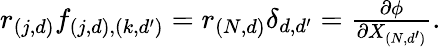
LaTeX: \begin{array}{r}{r_{(j,d)}f_{(j,d),(k,d^{\prime})}=r_{(N,d)}\delta_{d,d^{\prime}}=\frac{\partial\phi}{\partial X_{(N,d^{\prime})}}.}\end{array}